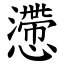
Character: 懘